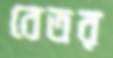
বেতর